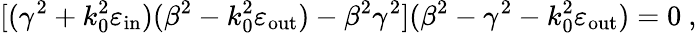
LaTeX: [(\gamma^{2}+k_{0}^{2}\varepsilon_{\mathrm{in}})(\beta^{2}-k_{0}^{2}\varepsilon_{\mathrm{out}})-\beta^{2}\gamma^{2}](\beta^{2}-\gamma^{2}-k_{0}^{2}\varepsilon_{\mathrm{out}})=0\ ,